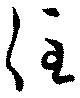
住